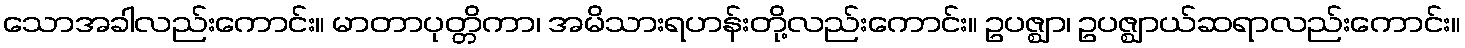
သောအခါလည်းကောင်း။ မာတာပုတ္တိကာ၊ အမိသားရဟန်းတို့လည်းကောင်း။ ဥပဇ္ဈာ၊ ဥပဇ္ဈာယ်ဆရာလည်းကောင်း။